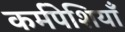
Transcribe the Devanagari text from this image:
कर्मपेशियाँ